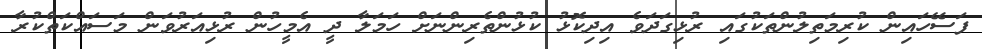
ފަސޭހައިން ކުރިމަތިލުންތަކުގައި ރުޅިގަދަވެ އިދިކޮޅު ކުޅުންތެރިންނަށް ހަމަލާ ދީ އެމީހުން ރުޅިއަރުވަން މަސައްކަތްކުރާ